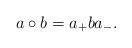
LaTeX: \begin{align*}a\circ b&=a_+ba_-.\end{align*}